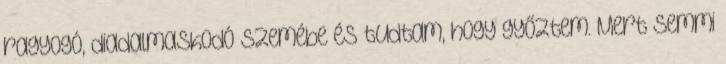
ragyogó, diadalmaskodó szemébe és tudtam, hogy győztem. Mert semmi